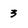
Character: 3